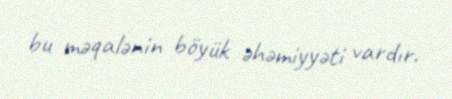
bu məqalənin böyük əhəmiyyəti vardır.